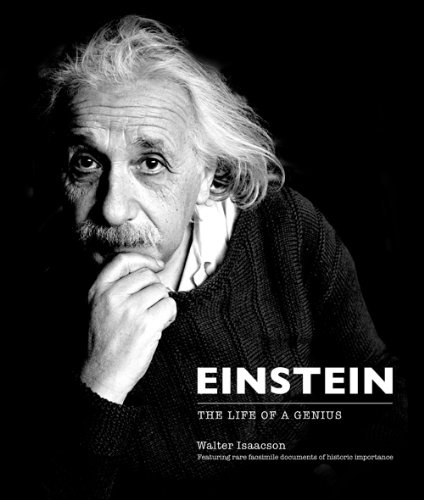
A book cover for Einstein: The Life of a Genius; Walter Isaacson; Biographies & Memoirs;